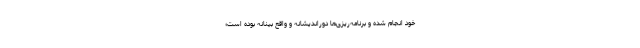
خود انجام شده و برنامه‌ریزی‌ها دوراندیشانه و واقع بینانه بوده است؛